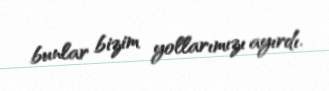
bunlar bizim yollarımızı ayırdı.